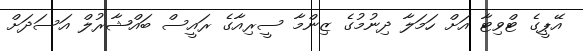
އޭޕީގެ ޓްވިޓާ އަށް ހަމަލާ ދިނުމުގެ ޒިންމާ ސީރިއާގެ ރައީސް ބައްޝާރުލް އަސަދަށް